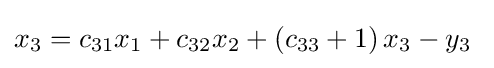
x_{3}=c_{31}x_{1}+c_{32}x_{2}+\left(c_{33}+1\right)x_{3}-y_{3}\